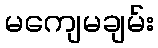
မကျေမချမ်း